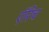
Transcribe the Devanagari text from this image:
ऍरिच